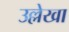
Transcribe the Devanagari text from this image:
उल्लेखा